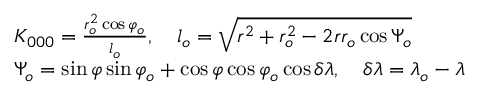
\begin{array} { r l } & { { K _ { 0 0 0 } } = \frac { { r _ { o } ^ { 2 } \cos { \varphi _ { o } } } } { { { l _ { o } } } } , \quad { l _ { o } } = \sqrt { { r ^ { 2 } } + r _ { o } ^ { 2 } - 2 r { r _ { o } } \cos { \Psi _ { o } } } } \\ & { { \Psi _ { o } } = \sin \varphi \sin { \varphi _ { o } } + \cos \varphi \cos { \varphi _ { o } } \cos \delta \lambda , \quad \delta \lambda = { \lambda _ { o } } - \lambda } \end{array}